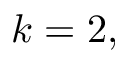
k = 2 ,